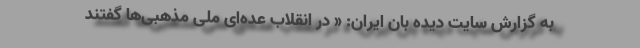
به گزارش سایت دیده بان ایران: « در انقلاب عده‌ای ملی مذهبی‌ها گفتند